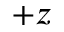
+ z